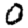
Digit: 0